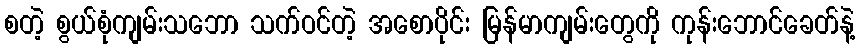
စတဲ့ စွယ်စုံကျမ်းသဘော သက်ဝင်တဲ့ အစောပိုင်း မြန်မာကျမ်းတွေကို ကုန်းဘောင်ခေတ်နဲ့